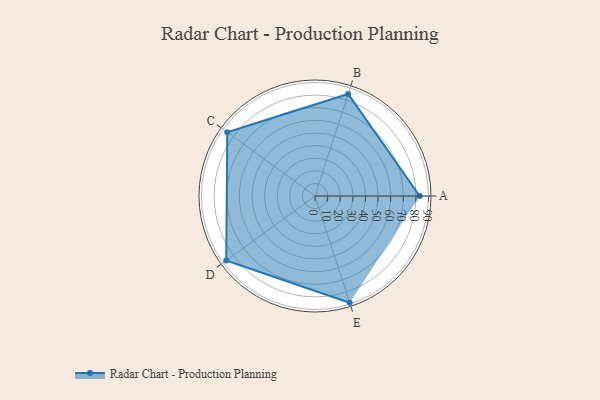
{"axis": {"x": "Skill", "y": "Score"}, "legend": ["Profile"], "data": [{"x": "A", "y": 83.0, "type": "Profile"}, {"x": "B", "y": 85.0, "type": "Profile"}, {"x": "C", "y": 86.0, "type": "Profile"}, {"x": "D", "y": 87.0, "type": "Profile"}, {"x": "E", "y": 89.0, "type": "Profile"}]}